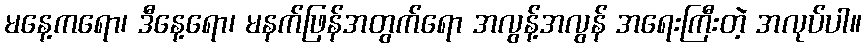
မနေ့ကရော၊ ဒီနေ့ရော၊ မနက်ဖြန်အတွက်ရော အလွန့်အလွန် အရေးကြီးတဲ့ အလုပ်ပါ။